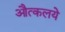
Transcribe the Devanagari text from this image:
औत्कलये